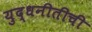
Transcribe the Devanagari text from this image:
युद्धनीतीची